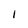
Character: 1